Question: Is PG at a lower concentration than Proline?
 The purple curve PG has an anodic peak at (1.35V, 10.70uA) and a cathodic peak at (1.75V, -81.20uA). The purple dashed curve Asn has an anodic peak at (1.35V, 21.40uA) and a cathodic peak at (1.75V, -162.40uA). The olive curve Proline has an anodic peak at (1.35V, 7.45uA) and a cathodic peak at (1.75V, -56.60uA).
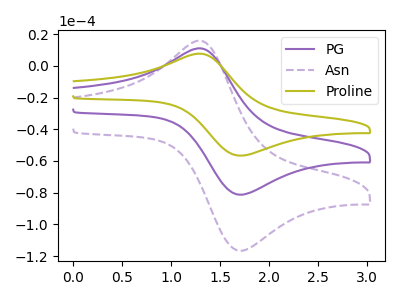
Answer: <think>All the peaks in "Proline" have a peak in "PG" at the same potential. Every peak in "Proline" is lower than every peak in "PG".
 </think>
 <answer>"Proline" has less signal than "PG" and so likely has a lower concentration.</answer>
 <eval>less_concentration</eval>